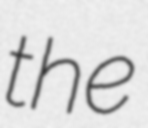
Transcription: the